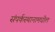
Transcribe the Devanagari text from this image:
संपर्कस्थानामधील